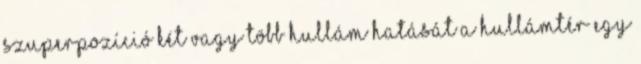
szuperpozíció Két vagy több hullám hatását a hullámtér egy